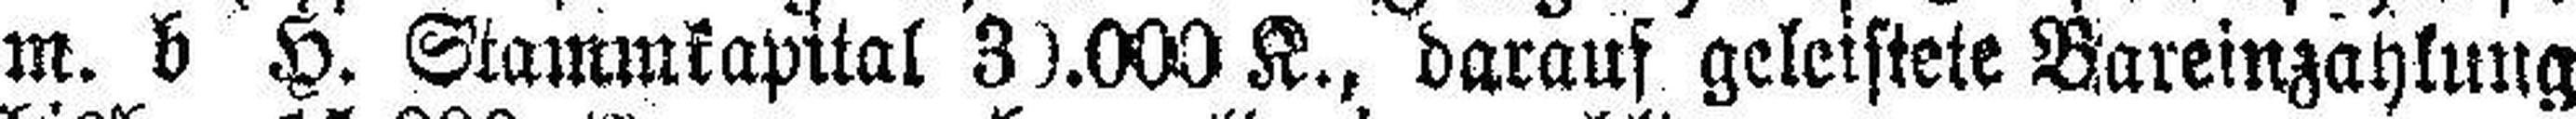
m. b H. Stammkapital 30.000 K., darauf geleisteie Bareinzahlung